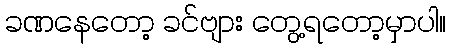
ခဏနေတော့ ခင်ဗျား တွေ့ရတော့မှာပါ။